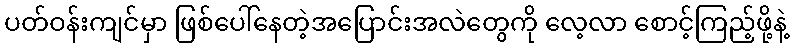
ပတ်ဝန်းကျင်မှာ ဖြစ်ပေါ်နေတဲ့အပြောင်းအလဲတွေကို လေ့လာ စောင့်ကြည့်ဖို့နဲ့